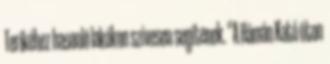
Terikéhez hasonló lakókon szívesen segítenek. “A Hámán Kató úton